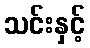
သင်းနှင့်